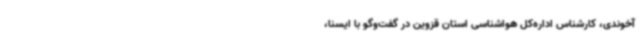
آخوندی، کارشناس اداره‌کل هواشناسی استان قزوین در گفت‌وگو با ایسنا،